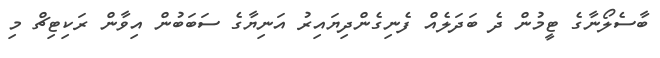
ބާސެލޯނާގެ ޓީމުން ދެ ބަދަލެއް ފެނިގެންދިޔައިރު އަނިޔާގެ ސަބަބުން އިވާން ރަކިޓިޗް މި